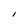
Character: I